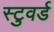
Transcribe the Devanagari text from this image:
स्टुवर्ड